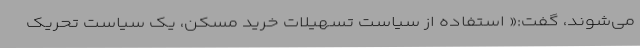
می‌شوند، گفت:« استفاده از سیاست تسهیلات خرید مسکن، یک سیاست تحریک